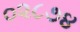
૦૨૮૭૪